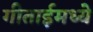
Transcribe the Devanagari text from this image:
गीताईमध्ये